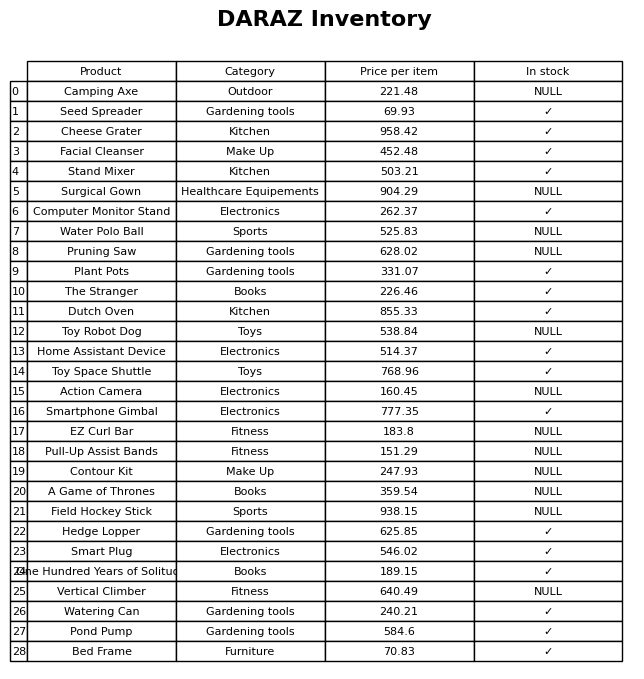
question: What is the price of the Bed Frame?
answer: The price of Bed Frame is 70.83.